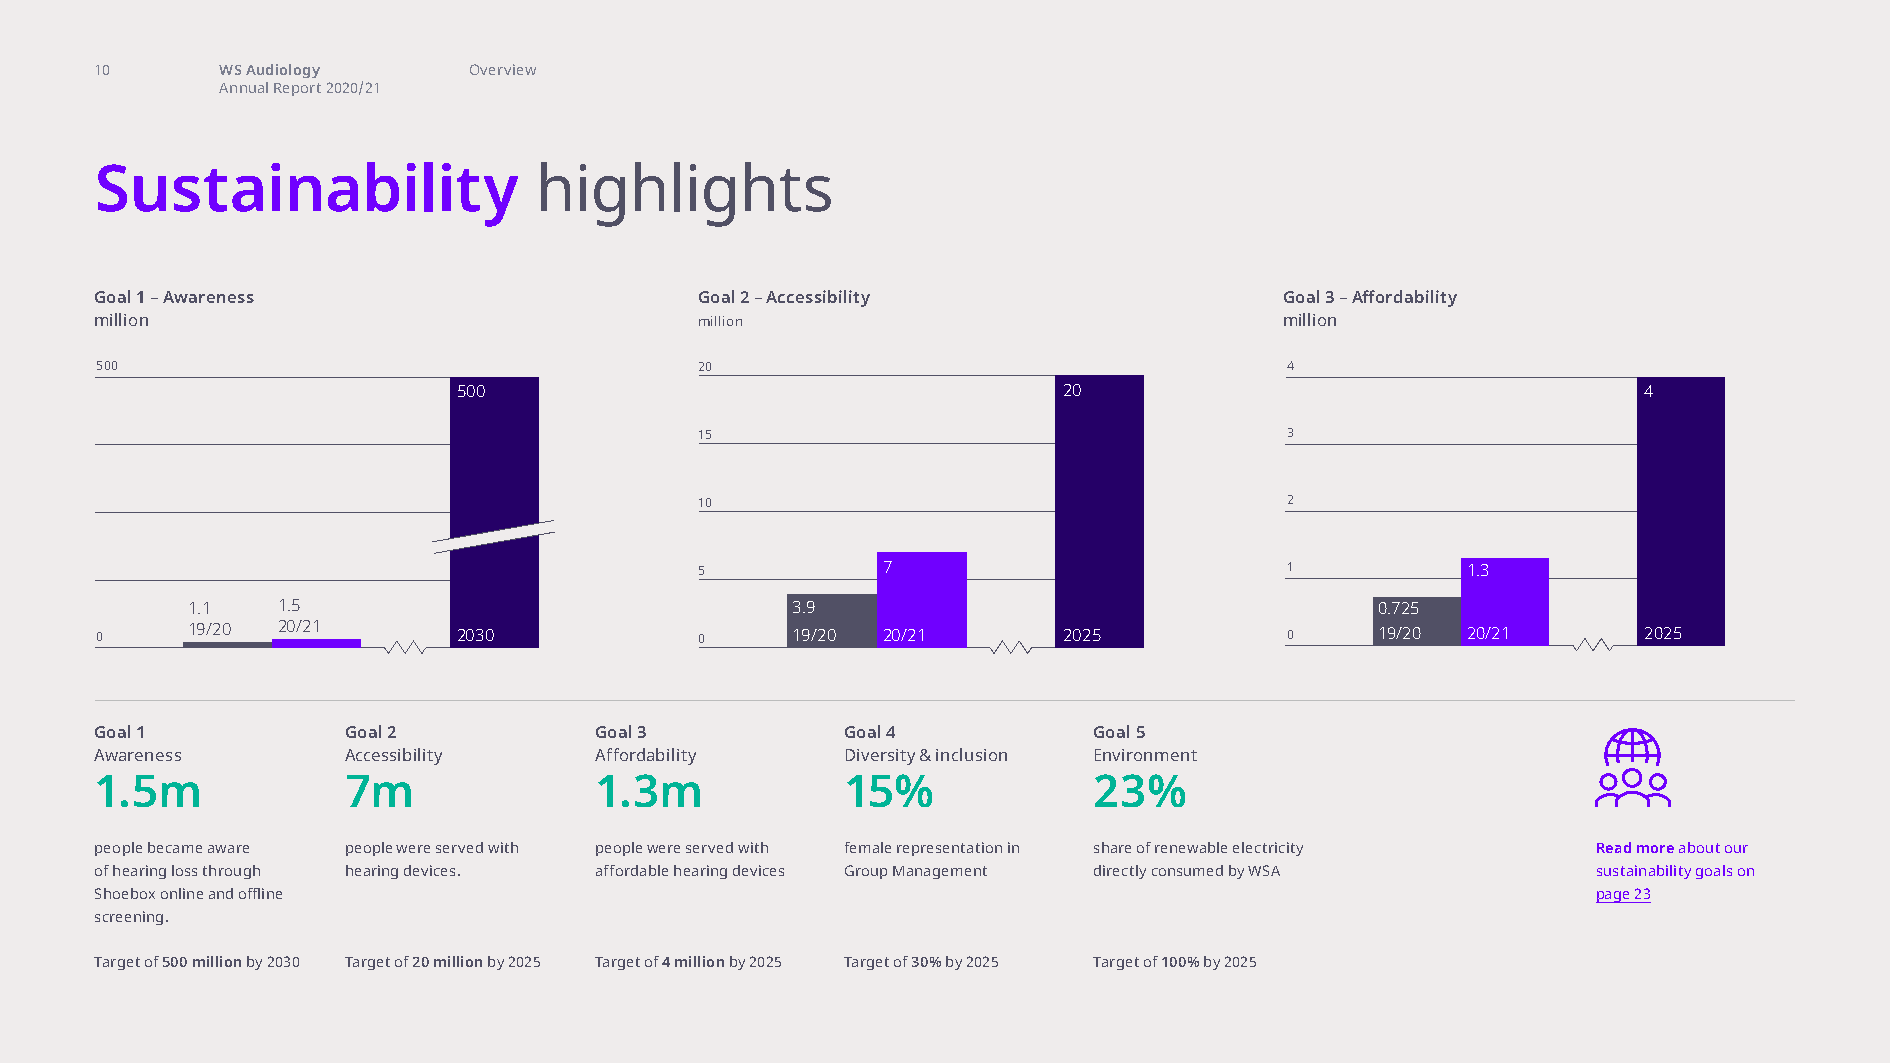
sustainability highlights
 10       WS Audiology    Overview
 Annual Report 2020/21
 Sustainability                highlights
 Goal 1 – Awareness                      Goal 2 – Accessibility                 Goal 3 – Affordability
 million                                 million                                million
 500                                     20                                     4
 500                                     20                                     4
 15                                     3
 10                                     2
 5           7                          1           1.3
 1.1   1.5                               3.9                                    0.725
 0     19/20 20/21       2030            0     19/20 20/21       2025           0     19/20 20/21       2025
 Goal 1           Goal 2          Goal 3           Goal 4          Goal 5
 Awareness        Accessibility   Affordability    Diversity & inclusion Environment
 1.5m             7m              1.3m             15%             23%
 people became aware people were served with people were served with female representation in share of renewable electricity Read more about our
 of hearing loss through hearing devices. affordable hearing devices Group Management directly consumed by WSA sustainability goals on
 Shoebox online and offline                                                                          page 23
 screening.
 Target of 500 million by 2030 Target of 20 million by 2025 Target of 4 million by 2025 Target of 30% by 2025 Target of 100% by 2025